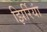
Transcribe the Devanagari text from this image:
झिर्रियां